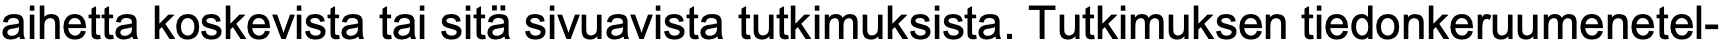
aihetta koskevista tai sitä sivuavista tutkimuksista. Tutkimuksen tiedonkeruumenetel-